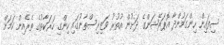
ސިފައިން ހިންގަމުންދާ އޮޕަރޭޝަންގެ ދަށުން އުތުރު ވަޒިރިސްތާނުގައި ހިންގި ހަރަކާތުގެ ތެރެއިން ކަމަށް